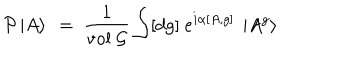
{ \cal P } \left| A \right> ~ = ~ \frac { 1 } { 1 } { v o l ~ { \cal G } } \int [ d g ] ~ e ^ { i \alpha [ A , g ] } ~ \left| A ^ { g } \right>